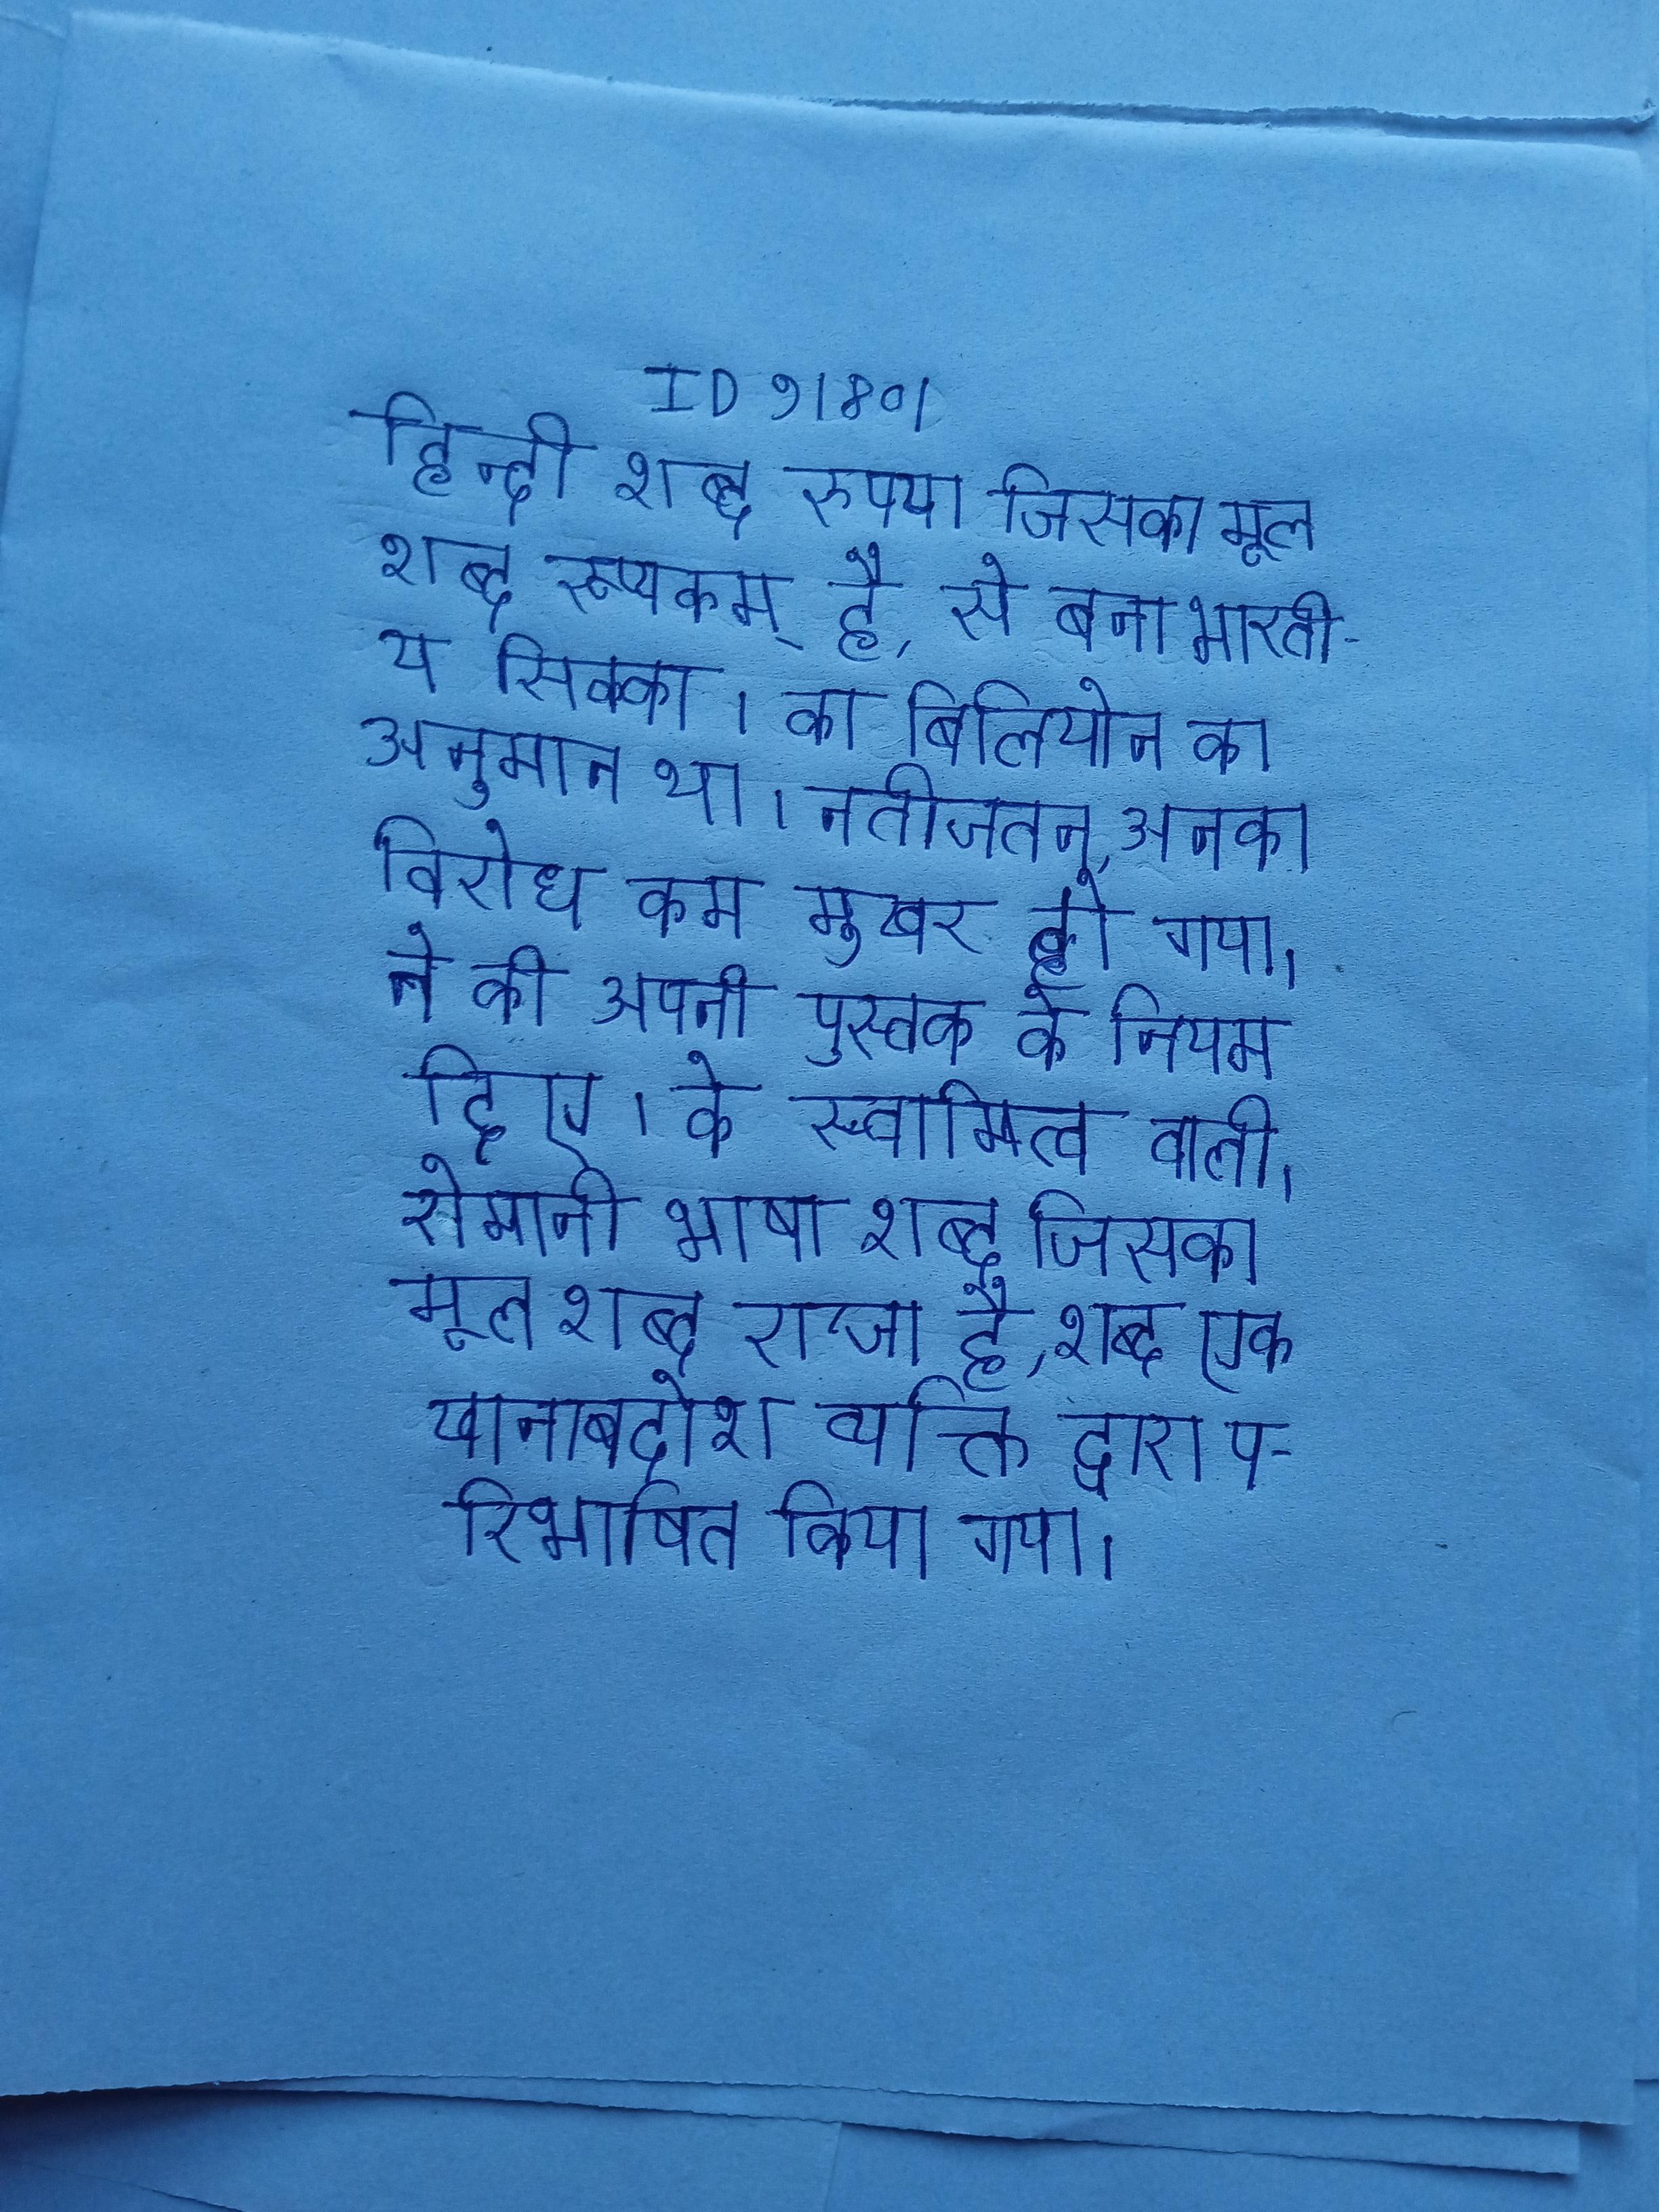
हिन्दी शब्द रुपया जिसका मूल शब्द रूप्यकम् है, से बना भारतीय सिक्का । का बिलियोन का अनुमान था । नतीजतन, उनका विरोध कम मुखर हो गया । ने की अपनी पुस्तक के नियम दिए । के स्वामित्व वाली । रोमानी भाषा शब्द जिसका मूल शब्द राजा है, शब्द एक खानाबदोश व्यक्ति द्वारा परिभाषित किया गया ।